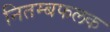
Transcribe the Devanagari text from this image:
नितम्बफलक